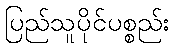
ပြည်သူပိုင်ပစ္စည်း